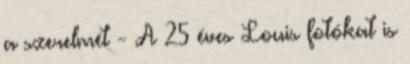
a szerelmét - A 25 éves Louis fotókat is